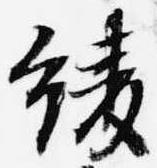
綾